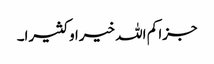
جزا کم اللہ خیرا و کثیرا۔